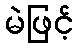
မဲဖြင့်